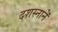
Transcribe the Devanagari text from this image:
दशस्नानें